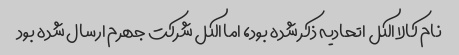
نام کالا الکل اتحادیه ذکر شده بود، اما الکل شرکت جهرم ارسال شده بود